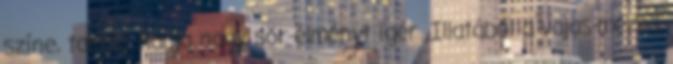
színe, tartós habja nagy sör-élményt ígér. Illatából a vajas-mézes